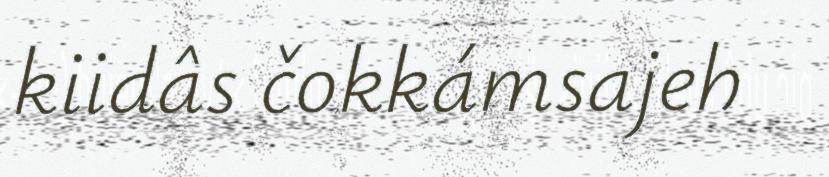
kiidâs čokkámsajeh